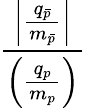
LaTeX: \frac{\left|{\frac{q_{\bar{p}}}{m_{\bar{p}}}}\right|}{\left({\frac{q_{p}}{m_{p}}}\right)}